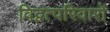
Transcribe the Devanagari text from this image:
विद्वत्परिवारों